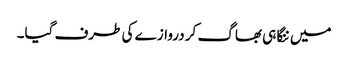
میں ننگا ہی بھاگ کر دروازے کی طرف گیا۔